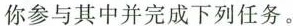
你参与其中并完成下列任务。